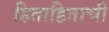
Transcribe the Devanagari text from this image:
हिताहिताची